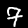
Label: 7